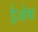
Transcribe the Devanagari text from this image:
ईओक